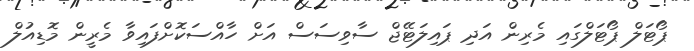
ޕޯޓަލް ޕޯޓަލްގައި މެރިން އަދި ޕައިލަޓޭޖް ސާވިސަސް އަށް ހާއްސަކޮށްފައިވާ މެރީން މޮޑިއުލް